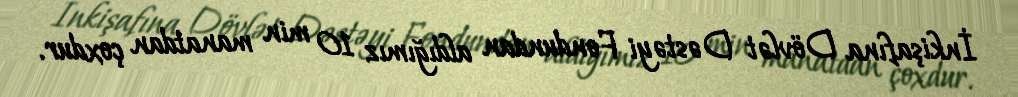
İnkişafına Dövlət Dəstəyi Fondundan aldığımız 10 min manatdan çoxdur.